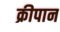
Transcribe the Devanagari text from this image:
क्रीपान